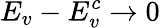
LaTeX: E_{v}-E_{v}^{c}\to 0